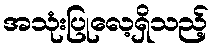
အသုံးပြုလေ့ရှိသည့်